Scottish Leaving Certificate Examination, 1956
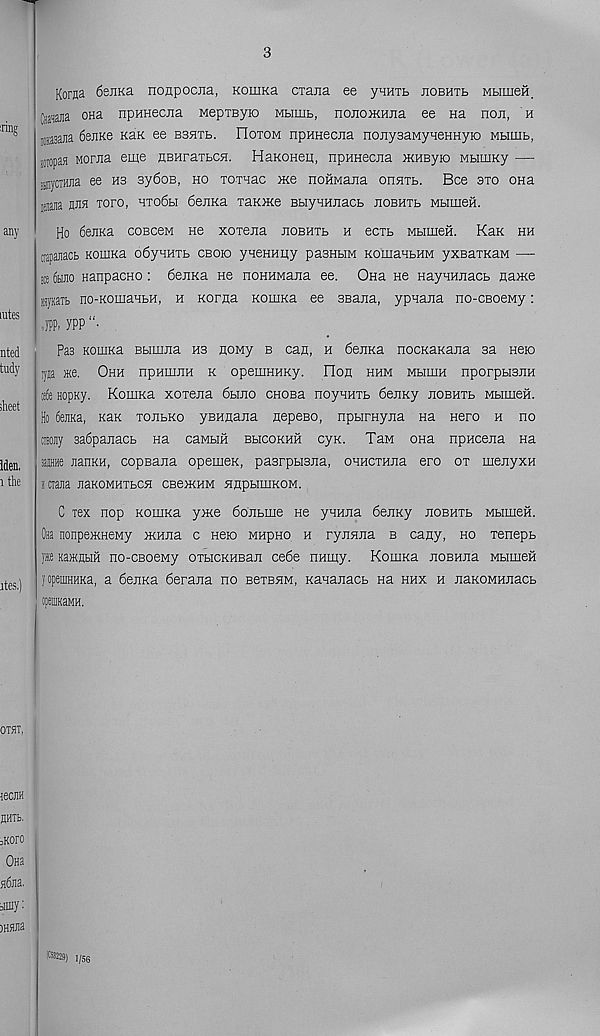
3
Korea 6ejiKa noapocua, KouiKa ciajia ee yHHib noBHTt MbimeH.
Hgja ona npHHecjia MepxByio mbiiul, nonoKHna ee na non, h
iioasaJia 6eJiKe kbk ee bbhtb. FIotom npunecjia nonysaMyHeHHyio Mtimb,
Miopaa MorJia eme HBHraTbCH. HaKoneu, npHnecua oKHByio MbiuiKy —
m pm ee hs 3y6oB, ho TOTnac me noHMaxia onnxb. Bee sxo ona
itBJia flan toxo, Hxo6bi 6ejiKa xaKOKe BbiynHitacb jiobhxb MbimeH.
Ho 6enKa coBcew ne xoxena jiobhxb h ecxb MbimeH. Kan hh
napaaacb HOima o6yHHXb cbobo yneHMiiy pasHbiM KomanbHM yxBaxxaM —
ste 6biiio HanpacHO: 6enKa He noHHMaita ee. Ona He HaynHuacb naixe
layKaTb no-KomanbH, h Korna KomKa ee SBaxa, ypnana no-CBoeMy:
JPP, 7PP “•
Pas KomKa Bbimua hs HOMy b can, h 6enKa nocKaKana sa Hero
:yaa *e. Ohh npHmnH k opemHHKy. Hon hhm Mbimn nporpusiiH
life HopKy. Komna xoxena 6hjio CHOBa noyHHXb 6enKy JiOBHXb MbimeH.
Ho 6eiiKa, Kax xojibko yBHnajia nepeso, npbirayjia Ha Hero h no
tnojiy 3a6pajiacb Ha caMbm bhcokhh cyx. TaM ona npHcena Ha
ajHHe uanKH, copBana opemex, pasrpbisjia, OHHCXHJia ero ox menyxH
icrajia jiaKOMHXbcn cbbikhm nnpbimKOM.
C xex nop KomKa y>xe 6onbme He ynHJia 6ejiKy jiobhxb MbimeH.
0#a nonpeiKHeMy iKHJia c Hero MHpno h rynnua b cany, ho xenepb
yaie KaiKflbiH no-csoeMy oxbiCKHBan ce6e nHmy. Komna noBHJia Mbimeii
fopeiiJHHKa, a 6ejiKa 6erana no BexBHM, Kanajiacb na hhx h JiaxoMHiiacb
ipeuiKaMH.
(B3229) l/sg